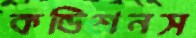
কন্ডিশনস